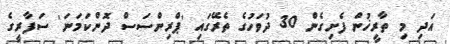
އަދި މި ތާރީޚުން ފެށިގެން 30 ދުވަހުގެ ތެރޭގައި 'ޕްރިންސަސް ދޮންކަމަނަ' ސަފާރީގެ